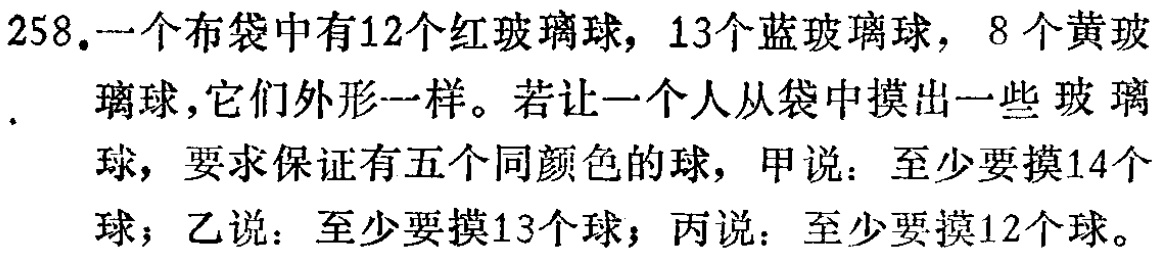
258.一个布袋中有12个红玻璃球，13个蓝玻璃球，8个黄玻璃球，它们外形一样。若让一个人从袋中摸出一些玻璃球，要求保证有五个同颜色的球，甲说：至少要摸14个球；乙说：至少要摸13个球；丙说：至少要摸12个球。